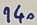
Text: 140